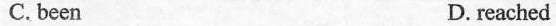
C. been D. reached